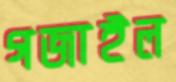
গজাইল